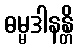
ဓမ္မဒါနန္တိ